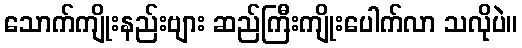
သောက်ကျိုးနည်းဗျား ဆည်ကြီးကျိုးပေါက်လာ သလိုပဲ။